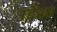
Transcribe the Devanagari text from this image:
उ्देश्य